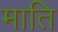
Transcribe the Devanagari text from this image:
माति